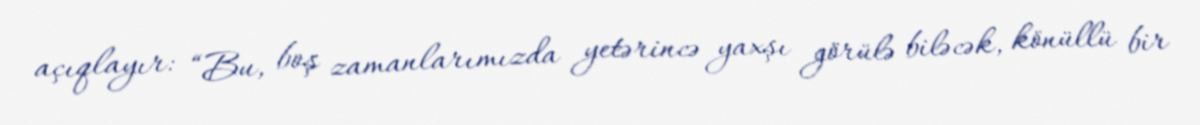
açıqlayır: “Bu, boş zamanlarımızda yetərincə yaxşı görülə biləcək, könüllü bir